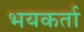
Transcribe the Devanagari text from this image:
भयकर्ता